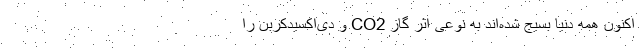
اکنون همه دنیا بسیج شده‌اند به نوعی اثر گاز CO2 و دی‌اکسیدکربن را